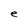
Character: e